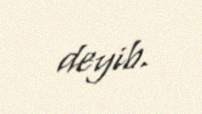
deyib.